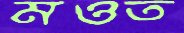
মওত